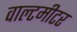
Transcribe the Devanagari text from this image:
वाल्टमीटर